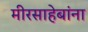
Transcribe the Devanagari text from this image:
मीरसाहेबांना